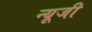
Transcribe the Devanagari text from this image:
न्यूजी